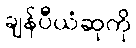
ချန်ပီယံဆုကို